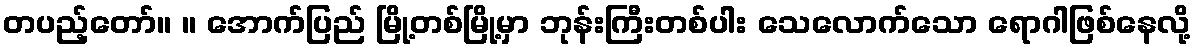
တပည့်တော်။ ။ အောက်ပြည် မြို့တစ်မြို့မှာ ဘုန်းကြီးတစ်ပါး သေလောက်သော ရောဂါဖြစ်နေလို့